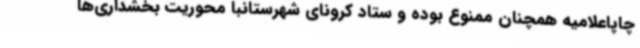
چاپاعلامیه همچنان ممنوع بوده و ستاد کرونای شهرستانبا محوریت بخشداری‌ها